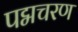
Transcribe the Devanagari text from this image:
पद्मचरण